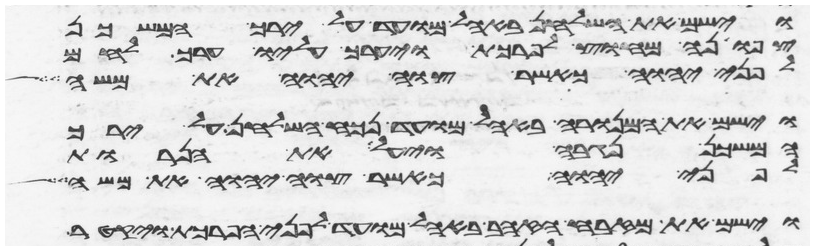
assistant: וישם את השלחן באהל מועד על ירך המשכן
צפונה מחוץ לפרכת ויערך עליו ערך לחם
לפני יהוה כאשר צוה יהוה את משה
וישם את המנורה באהל מועד נכח השלחן על ירך
המשכן נגבה ויעל את הנרות
לפני יהוה כאשר צוה יהוה את משה
וישם את מזבח הזהב באהל מועד לפני הפרכת ויקטר